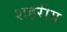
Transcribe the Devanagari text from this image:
शहरीय